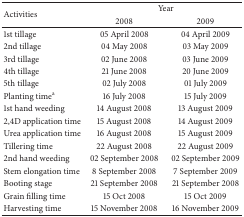
| <ROWSPAN=2> Activities | <COLSPAN=2> Year |
 | 2008 | 2009 |
 | --- | --- | --- |
 | 1st tillage | 05 April 2008 | 04 April 2009 |
 | 2nd tillage | 04 May 2008 | 03 May 2009 |
 | 3rd tillage | 02 June 2008 | 03 June 2009 |
 | 4th tillage | 21 June 2008 | 20 June 2009 |
 | 5th tillage | 02 July 2008 | 01 July 2009 |
 | Planting timea | 16 July 2008 | 15 July 2009 |
 | 1st hand weeding | 14 August 2008 | 13 August 2009 |
 | 2,4D application time | 15 August 2008 | 14 August 2009 |
 | Urea application time | 16 August 2008 | 15 August 2009 |
 | Tillering time | 22 August 2008 | 22 August 2009 |
 | 2nd hand weeding | 02 September 2008 | 02 September 2009 |
 | Stem elongation time | 8 September 2008 | 7 September 2009 |
 | Booting stage | 21 September 2008 | 21 September 2008 |
 | Grain filling time | 15 Oct 2008 | 15 Oct 2009 |
 | Harvesting time | 15 November 2008 | 16 November 2009 |